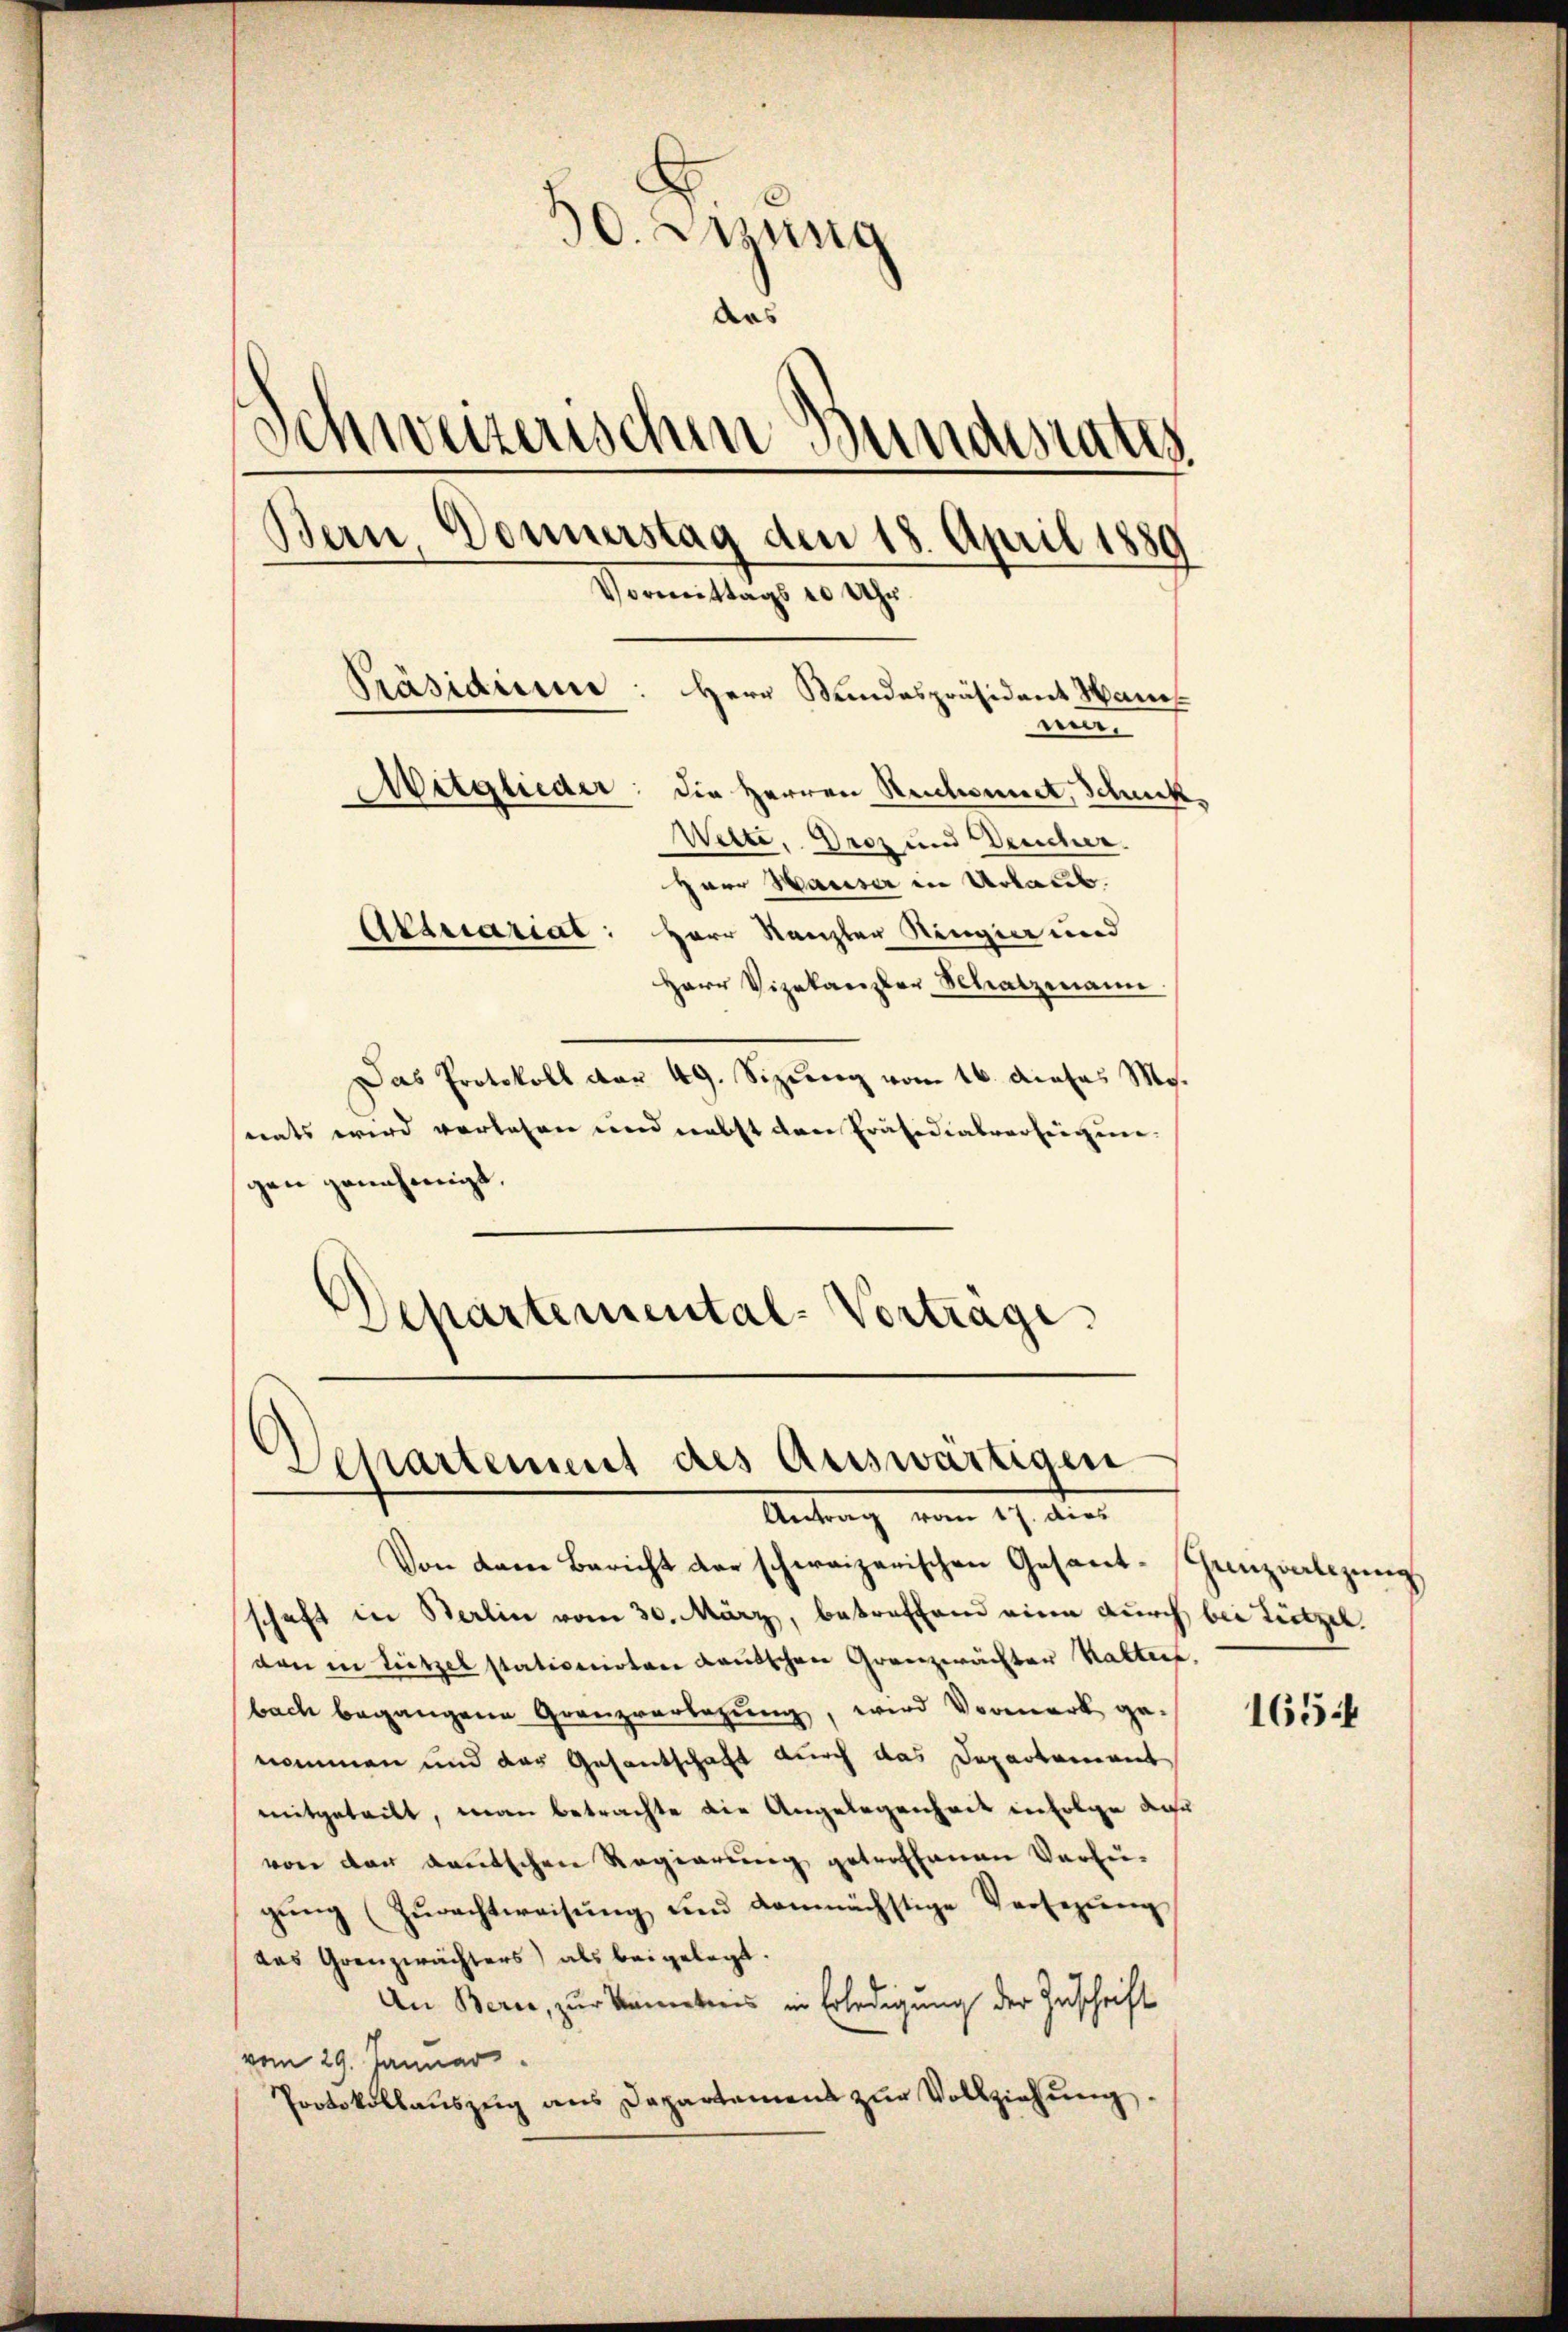
30. Müng
des
Schweizerischen Bundesrates
Bern, Donnerstag den 18. April 1889
Vormittags 10 Uhr.
Präsidium: Herr Bundespräsident Haus
nen.
Mitglieder:
Die Herren Reitwirret, Schnet
Wette. Droz und Deuchen.
Herr Hauser in Urlaub.
Akariariat: Herr Kanzler Ringen und
Herr Vizekanzler Schatzmann.

Das Protokoll dar 49. Sizung vom 16. dieses Mo.
nats wird vorlesen und nacht das Präsidialverheigun-
gen genehmigt.
Departemental-Vortrage

Departement des Auswärtigen
Antrag vom 27. der

Von dem Bericht der schweizerischen Gesant-Tanzvalizung,
schaft in Berlin vom 30. März, betreffend eine durch bei Tietzel
den in Lützelstationirten Lautschen Granzwächter Kaltere.
bach begangene Granzverlegung, wird Vormerk ge-
nommen und das Gesantschaft durch das Departement
mitgeteilt, man betrachte die Angelegenheit infolge dar
von von deutschen Regierung getroffenen Verfügŭng (Zŭrechtweisŭng und demnächstige Versezŭng
das Grenzwächters) als beigelegt.
An Bern, zur Kenntnis in Erledigung der Zuschrift
vom 29. Januar
Protokollauszeig aus Departement zŭr Vollziehŭng.

1654